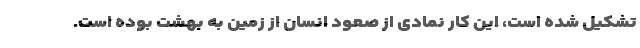
تشکیل شده است، این کار نمادی از صعود انسان از زمین به بهشت بوده است.